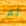
ثم